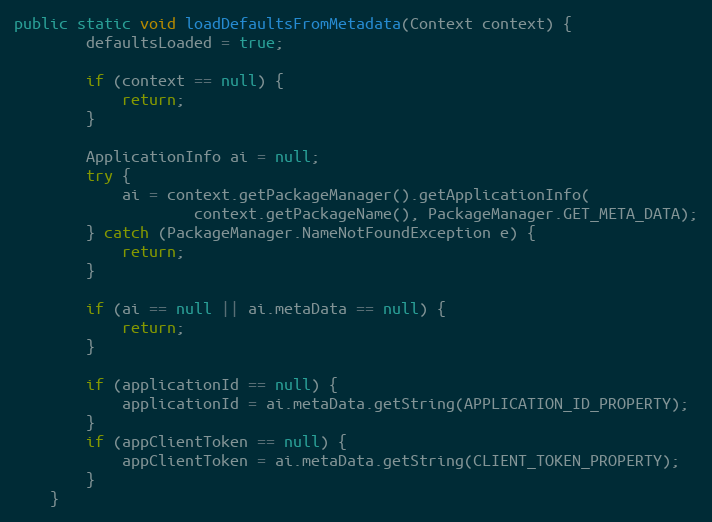
Language: Java
public static void loadDefaultsFromMetadata(Context context) {
        defaultsLoaded = true;

        if (context == null) {
            return;
        }

        ApplicationInfo ai = null;
        try {
            ai = context.getPackageManager().getApplicationInfo(
                    context.getPackageName(), PackageManager.GET_META_DATA);
        } catch (PackageManager.NameNotFoundException e) {
            return;
        }

        if (ai == null || ai.metaData == null) {
            return;
        }

        if (applicationId == null) {
            applicationId = ai.metaData.getString(APPLICATION_ID_PROPERTY);
        }
        if (appClientToken == null) {
            appClientToken = ai.metaData.getString(CLIENT_TOKEN_PROPERTY);
        }
    }